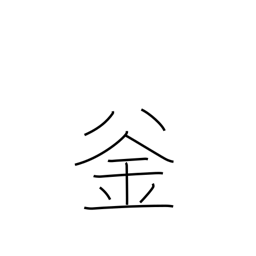
Meaning: kettle